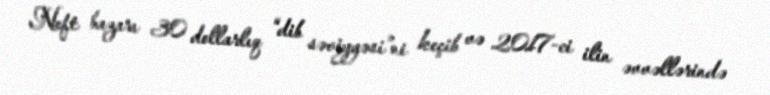
Neft bazarı 30 dollarlıq “dib səviyyəsi”ni keçib və 2017-ci ilin əvvəllərində